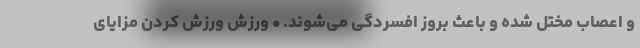
و اعصاب مختل شده و باعث بروز افسردگی می‌شوند. • ورزش ورزش کردن مزایای